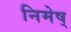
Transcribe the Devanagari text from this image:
निमेष्